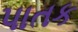
પાતક